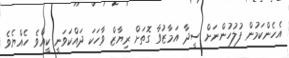
އެހެންކަމުން ފުލުހުންނަށް ސީދާ އަމާޒުވާ ގޮތަށް ރިޔާޒް ވާހަކަ ދައްކަވަނީ ކީއްވެ ހެއްޔެވެ